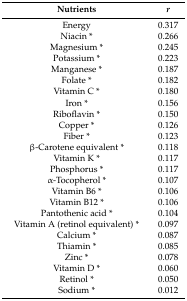
<table><thead><tr><td><b>Nutrients</b></td><td><b><i>r</i></b></td></tr></thead><tbody><tr><td>Energy</td><td>0.317</td></tr><tr><td>Niacin *</td><td>0.266</td></tr><tr><td>Magnesium *</td><td>0.245</td></tr><tr><td>Potassium *</td><td>0.223</td></tr><tr><td>Manganese *</td><td>0.187</td></tr><tr><td>Folate *</td><td>0.182</td></tr><tr><td>Vitamin C *</td><td>0.180</td></tr><tr><td>Iron *</td><td>0.156</td></tr><tr><td>Riboflavin *</td><td>0.150</td></tr><tr><td>Copper *</td><td>0.126</td></tr><tr><td>Fiber *</td><td>0.123</td></tr><tr><td>β-Carotene equivalent *</td><td>0.118</td></tr><tr><td>Vitamin K *</td><td>0.117</td></tr><tr><td>Phosphorus *</td><td>0.117</td></tr><tr><td>α-Tocopherol *</td><td>0.107</td></tr><tr><td>Vitamin B6 *</td><td>0.106</td></tr><tr><td>Vitamin B12 *</td><td>0.106</td></tr><tr><td>Pantothenic acid *</td><td>0.104</td></tr><tr><td>Vitamin A (retinol equivalent) *</td><td>0.097</td></tr><tr><td>Calcium *</td><td>0.087</td></tr><tr><td>Thiamin *</td><td>0.085</td></tr><tr><td>Zinc *</td><td>0.078</td></tr><tr><td>Vitamin D *</td><td>0.060</td></tr><tr><td>Retinol *</td><td>0.050</td></tr><tr><td>Sodium *</td><td>0.012</td></tr></tbody></table>